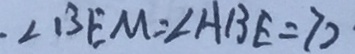
\angle B E M = \angle A B E = 7 0